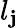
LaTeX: l_{\mathbf{j}}